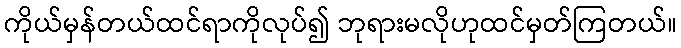
ကိုယ်မှန်တယ်ထင်ရာကိုလုပ်၍ ဘုရားမလိုဟုထင်မှတ်ကြတယ်။